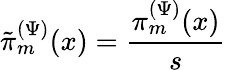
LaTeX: \tilde{\pi}_{m}^{(\Psi)}(x)=\frac{\pi_{m}^{(\Psi)}(x)}{s}